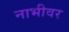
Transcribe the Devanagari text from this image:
नाभीवर